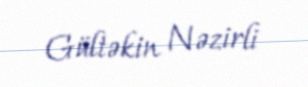
Gültəkin Nəzirli